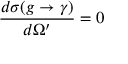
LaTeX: \frac { d \sigma ( g \rightarrow \gamma ) } { d \Omega ^ { \prime } } = 0